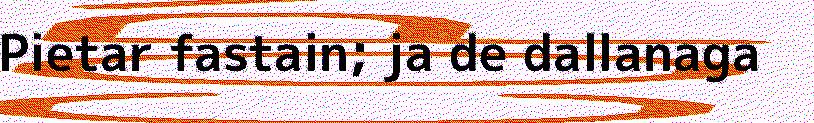
Pietar fastain; ja de dallanaga